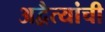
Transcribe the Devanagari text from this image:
अद्वैत्यांची